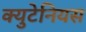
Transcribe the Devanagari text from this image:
क्युटेनियस